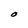
Character: O